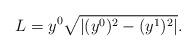
LaTeX: \begin{align*}L=y^{0}\sqrt{\left\vert (y^{0})^{2}-(y^{1})^{2}\right\vert }.\end{align*}